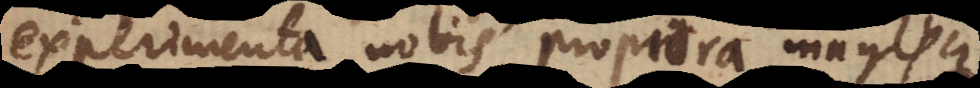
experimenta nobis propiora magisque